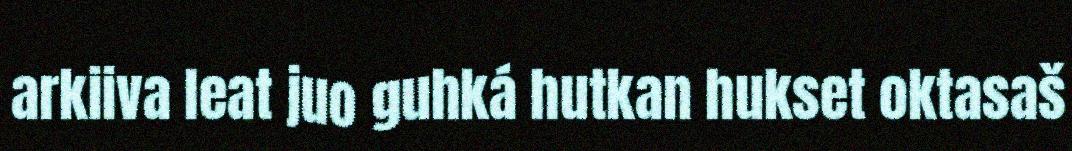
arkiiva leat juo guhká hutkan hukset oktasaš